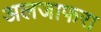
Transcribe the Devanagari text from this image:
अलजाफरा